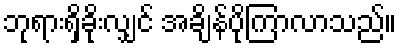
ဘုရားရှိခိုးလျှင် အချိန်ပိုကြာလာသည်။